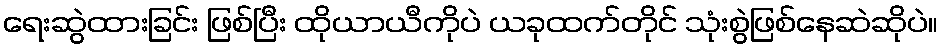
ရေးဆွဲထားခြင်း ဖြစ်ပြီး ထိုယာယီကိုပဲ ယခုထက်တိုင် သုံးစွဲဖြစ်နေဆဲဆိုပဲ။